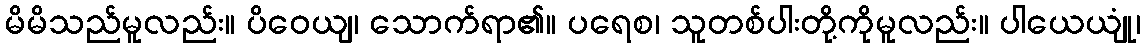
မိမိသည်မူလည်း။ ပိဝေယျ၊ သောက်ရာ၏။ ပရေစ၊ သူတစ်ပါးတို့ကိုမူလည်း။ ပါယေယျုံ၊